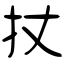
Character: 扙